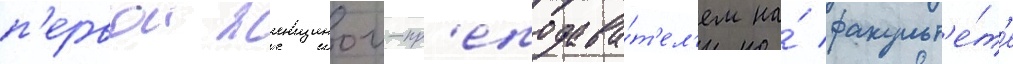
п'ервои женщинои-пр'еподава́т'ел'ем на́ факульт'е́т'е